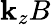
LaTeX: \mathbf{k}_{z}B